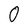
Character: 0